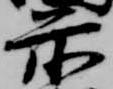
前